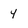
Character: y